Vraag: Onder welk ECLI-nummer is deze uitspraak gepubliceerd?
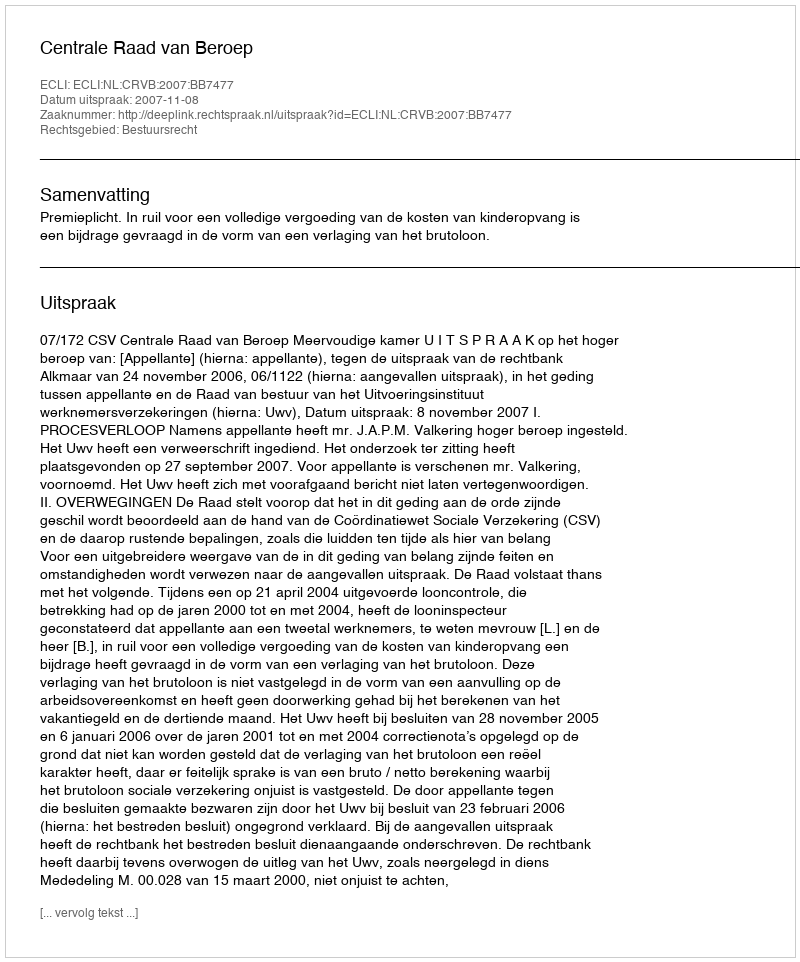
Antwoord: ECLI:NL:CRVB:2007:BB7477